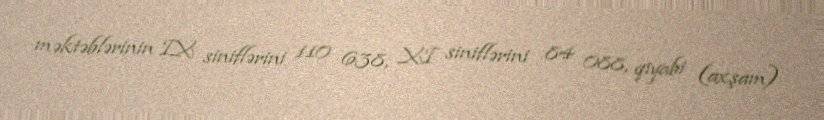
məktəblərinin IX siniflərini 110 638, XI siniflərini 84 088, qiyabi (axşam)